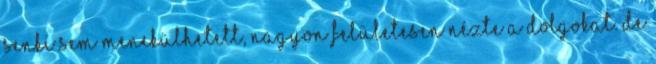
senki sem menekülhetett, nagyon felületesen nézte a dolgokat. De